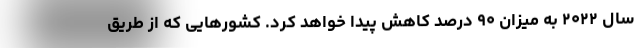
سال ۲۰۲۲ به میزان ۹۰ درصد کاهش پیدا خواهد کرد. کشورهایی که از طریق